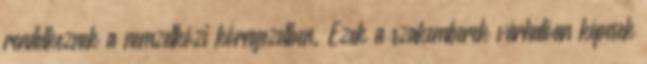
rendelkeznek a nemzetközi környezetben. Ezek a szakemberek várhatóan képesek